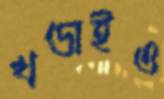
খণ্ডাইও